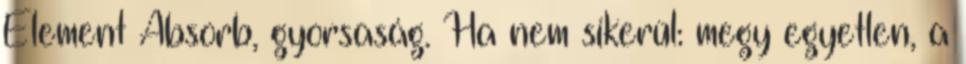
Element Absorb, gyorsaság. Ha nem sikerül: megy egyetlen, a